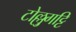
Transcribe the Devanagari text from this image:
टोल्लुगट्टि